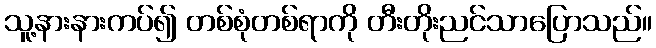
သူ့နားနားကပ်၍ တစ်စုံတစ်ရာကို တီးတိုးညင်သာပြောသည်။